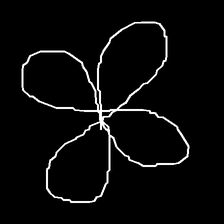
Glyph: billowing